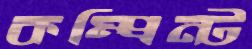
কম্প্রিন্ট